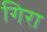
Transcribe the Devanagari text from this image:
गिरा